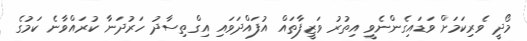
މޯދީ ވެރިކަމަށް ވަޑައިގެންނެވީ އިތުރު ވަޒީފާތައް އުފައްދަވައި އިގްތިސާދު ހަރުދަނާ ކުރައްވާނެ ކަމުގެ